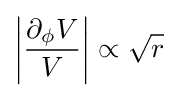
\left|{\frac {\partial _{\phi }V}{V}}\right|\propto {\sqrt {r}}